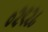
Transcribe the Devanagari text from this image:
०२९२८